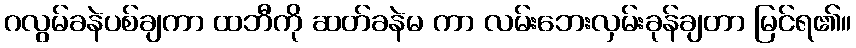
ဂလွမ်ခနဲပစ်ချကာ ထဘီကို ဆတ်ခနဲမ ကာ လမ်းဘေးလှမ်းခုန်ချတာ မြင်ရ၏။